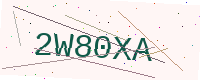
Text: 2W80XA